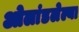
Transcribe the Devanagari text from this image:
ओलांडलेल्या